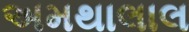
અમથાલાલ